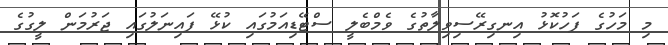
މި މަހުގެ ފަހުކޮޅު އިނގިރޭސިވިލާތުގެ ވެމްބެލީ ސްޓޭޑިއަމުގައި ކުޅޭ ފައިނަލުގައި ޖަރުމަން ލީގުގެ